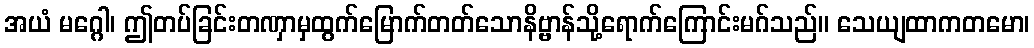
အယံ မဂ္ဂေါ၊ ဤတပ်ခြင်းတဏှာမှထွက်မြောက်တတ်သောနိဗ္ဗာန်သို့ရောက်ကြောင်းမဂ်သည်။ သေယျထာကတမော၊